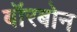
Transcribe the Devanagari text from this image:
बॉरबोन